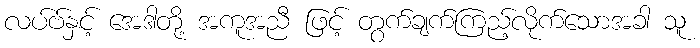
လပ်ဗ်နှင့် အေဒါတို့ အကူအညီ ဖြင့် တွက်ချက်ကြည့်လိုက်သောအခါ သူ